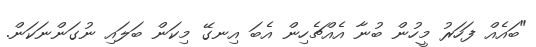
"ބައެއް ފަހަރު މީހުން ބުނާ އެއްޗެހިން އެބަ އިނގޭ މިކަން ބަލައި ނުގަންނަކަން.